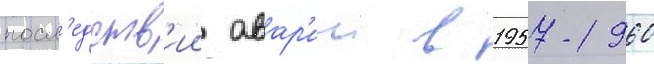
посл'едств'ии авар'ии в 1957-1960